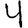
Digit: 4